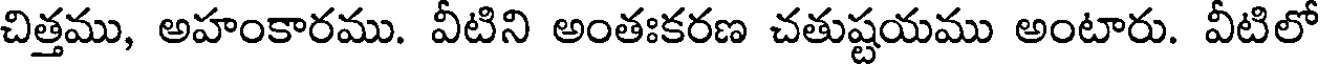
చిత్తము, అహంకారము. వీటిని అంతఃకరణ చతుష్టయము అంటారు. వీటిలో